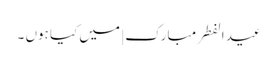
عید الفطر مبارک | میں کیا ہوں ۔